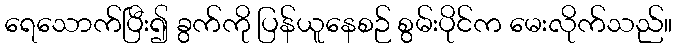
ရေသောက်ပြီး၍ ခွက်ကို ပြန်ယူနေစဉ် စွမ်းပိုင်က မေးလိုက်သည်။